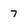
Character: 7